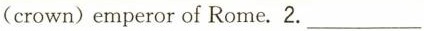
(crown)emperor of Rome.2.___